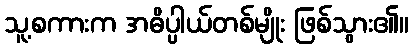
သူ့စကားက အဓိပ္ပါယ်တစ်မျိုး ဖြစ်သွား၏။